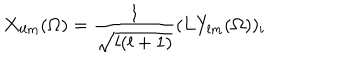
X _ { i l m } ( \Omega ) = \frac { 1 } { \sqrt { l ( l + 1 ) } } ( \mathrm { { \bf L } } Y _ { l m } ( \Omega ) ) _ { i }